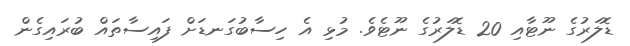
ޑޮލަރުގެ ނޫޓާއި 20 ޑޮލަރުގެ ނޫޓެވެ. މުޅި އެ ހިސާބުގަނޑަށް ފައިސާތައް ބުރައިގެން